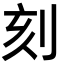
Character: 刻